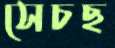
সেচছ